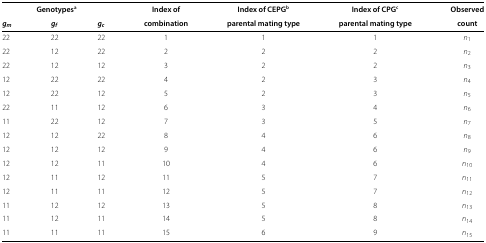
<table><thead><tr><td colspan="7"><b> </b></td></tr><tr><td colspan="3"><b>Genotypes<sup>a</sup></b></td><td><b>Index of</b></td><td><b>Index of CEPG<sup>b</sup></b></td><td><b>Index of CPG<sup>c</sup></b></td><td><b>Observed</b></td></tr><tr><td><b><i>g</i><sub><i>m</i></sub></b></td><td><b><i>g</i><sub><i>f</i></sub></b></td><td><b><i>g</i><sub><i>c</i></sub></b></td><td><b>combination</b></td><td><b>parental mating type</b></td><td><b>parental mating type</b></td><td><b>count</b></td></tr></thead><tbody><tr><td>22</td><td>22</td><td>22</td><td>1</td><td>1</td><td>1</td><td><i>n</i><sub>1</sub></td></tr><tr><td>22</td><td>12</td><td>22</td><td>2</td><td>2</td><td>2</td><td><i>n</i><sub>2</sub></td></tr><tr><td>22</td><td>12</td><td>12</td><td>3</td><td>2</td><td>2</td><td><i>n</i><sub>3</sub></td></tr><tr><td>12</td><td>22</td><td>22</td><td>4</td><td>2</td><td>3</td><td><i>n</i><sub>4</sub></td></tr><tr><td>12</td><td>22</td><td>12</td><td>5</td><td>2</td><td>3</td><td><i>n</i><sub>5</sub></td></tr><tr><td>22</td><td>11</td><td>12</td><td>6</td><td>3</td><td>4</td><td><i>n</i><sub>6</sub></td></tr><tr><td>11</td><td>22</td><td>12</td><td>7</td><td>3</td><td>5</td><td><i>n</i><sub>7</sub></td></tr><tr><td>12</td><td>12</td><td>22</td><td>8</td><td>4</td><td>6</td><td><i>n</i><sub>8</sub></td></tr><tr><td>12</td><td>12</td><td>12</td><td>9</td><td>4</td><td>6</td><td><i>n</i><sub>9</sub></td></tr><tr><td>12</td><td>12</td><td>11</td><td>10</td><td>4</td><td>6</td><td><i>n</i><sub>10</sub></td></tr><tr><td>12</td><td>11</td><td>12</td><td>11</td><td>5</td><td>7</td><td><i>n</i><sub>11</sub></td></tr><tr><td>12</td><td>11</td><td>11</td><td>12</td><td>5</td><td>7</td><td><i>n</i><sub>12</sub></td></tr><tr><td>11</td><td>12</td><td>12</td><td>13</td><td>5</td><td>8</td><td><i>n</i><sub>13</sub></td></tr><tr><td>11</td><td>12</td><td>11</td><td>14</td><td>5</td><td>8</td><td><i>n</i><sub>14</sub></td></tr><tr><td>11</td><td>11</td><td>11</td><td>15</td><td>6</td><td>9</td><td><i>n</i><sub>15</sub></td></tr></tbody></table>